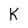
Character: K